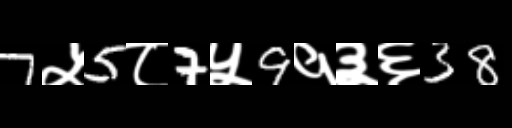
Text: 7५5८7५9१३६38